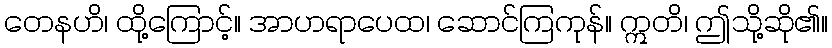
တေနဟိ၊ ထို့ကြောင့်။ အာဟရာပေထ၊ ဆောင်ကြကုန်။ ဣတိ၊ ဤသို့ဆို၏။